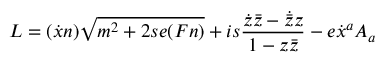
L = ( \dot { x } n ) \sqrt { m ^ { 2 } + 2 s e ( F n ) } + i s \frac { \dot { z } \bar { z } - \dot { \bar { z } } z } { 1 - z \bar { z } } - e \dot { x } ^ { a } A _ { a }